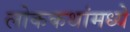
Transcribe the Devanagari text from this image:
लोककथांमध्ये